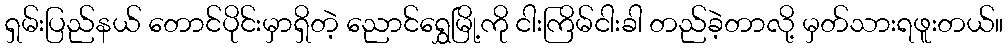
ရှမ်းပြည်နယ် တောင်ပိုင်းမှာရှိတဲ့ ညောင်ရွှေမြို့ကို ငါးကြိမ်ငါးခါ တည်ခဲ့တာလို့ မှတ်သားရဖူးတယ်။